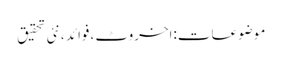
موضوعات:اخروٹ ،فوائد ،نئی تحقیق